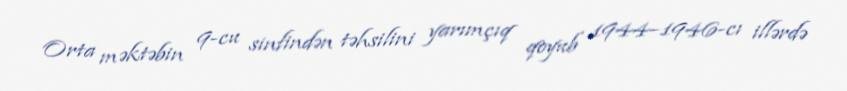
Orta məktəbin 9-cu sinfindən təhsilini yarımçıq qoyub 1944–1946-cı illərdə